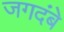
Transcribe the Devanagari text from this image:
जगदंबे